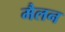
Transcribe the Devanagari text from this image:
मैलन